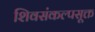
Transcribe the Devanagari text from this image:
शिवसंकल्पसूक्त